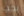
يجب